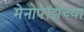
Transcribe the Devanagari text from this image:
मेनोपॉझच्या